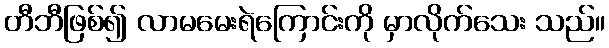
တီဘီဖြစ်၍ လာမမေးရဲကြောင်းကို မှာလိုက်သေး သည်။